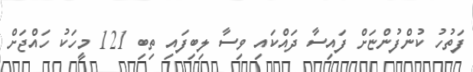
ފަތުހު ކުންފުންޏަށް ފައިސާ ދައްކައި ވިސާ ލިބިފައި ތިބި 121 މީހަކު ހައްޖަށް